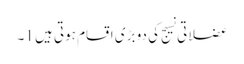
عضلاتی نسیج کی دو بڑی اقسام ہوتی ہیں 1۔